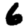
Digit: 6